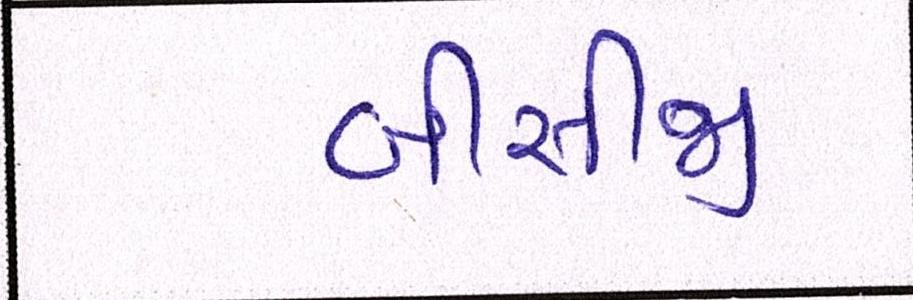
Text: બીસીજી